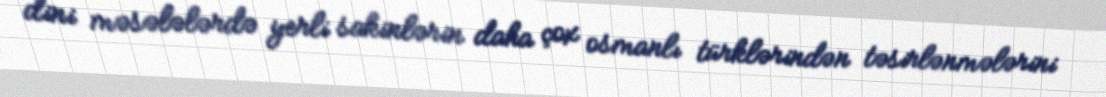
dini məsələlərdə yerli sakinlərin daha çox osmanlı türklərindən təsirlənmələrini